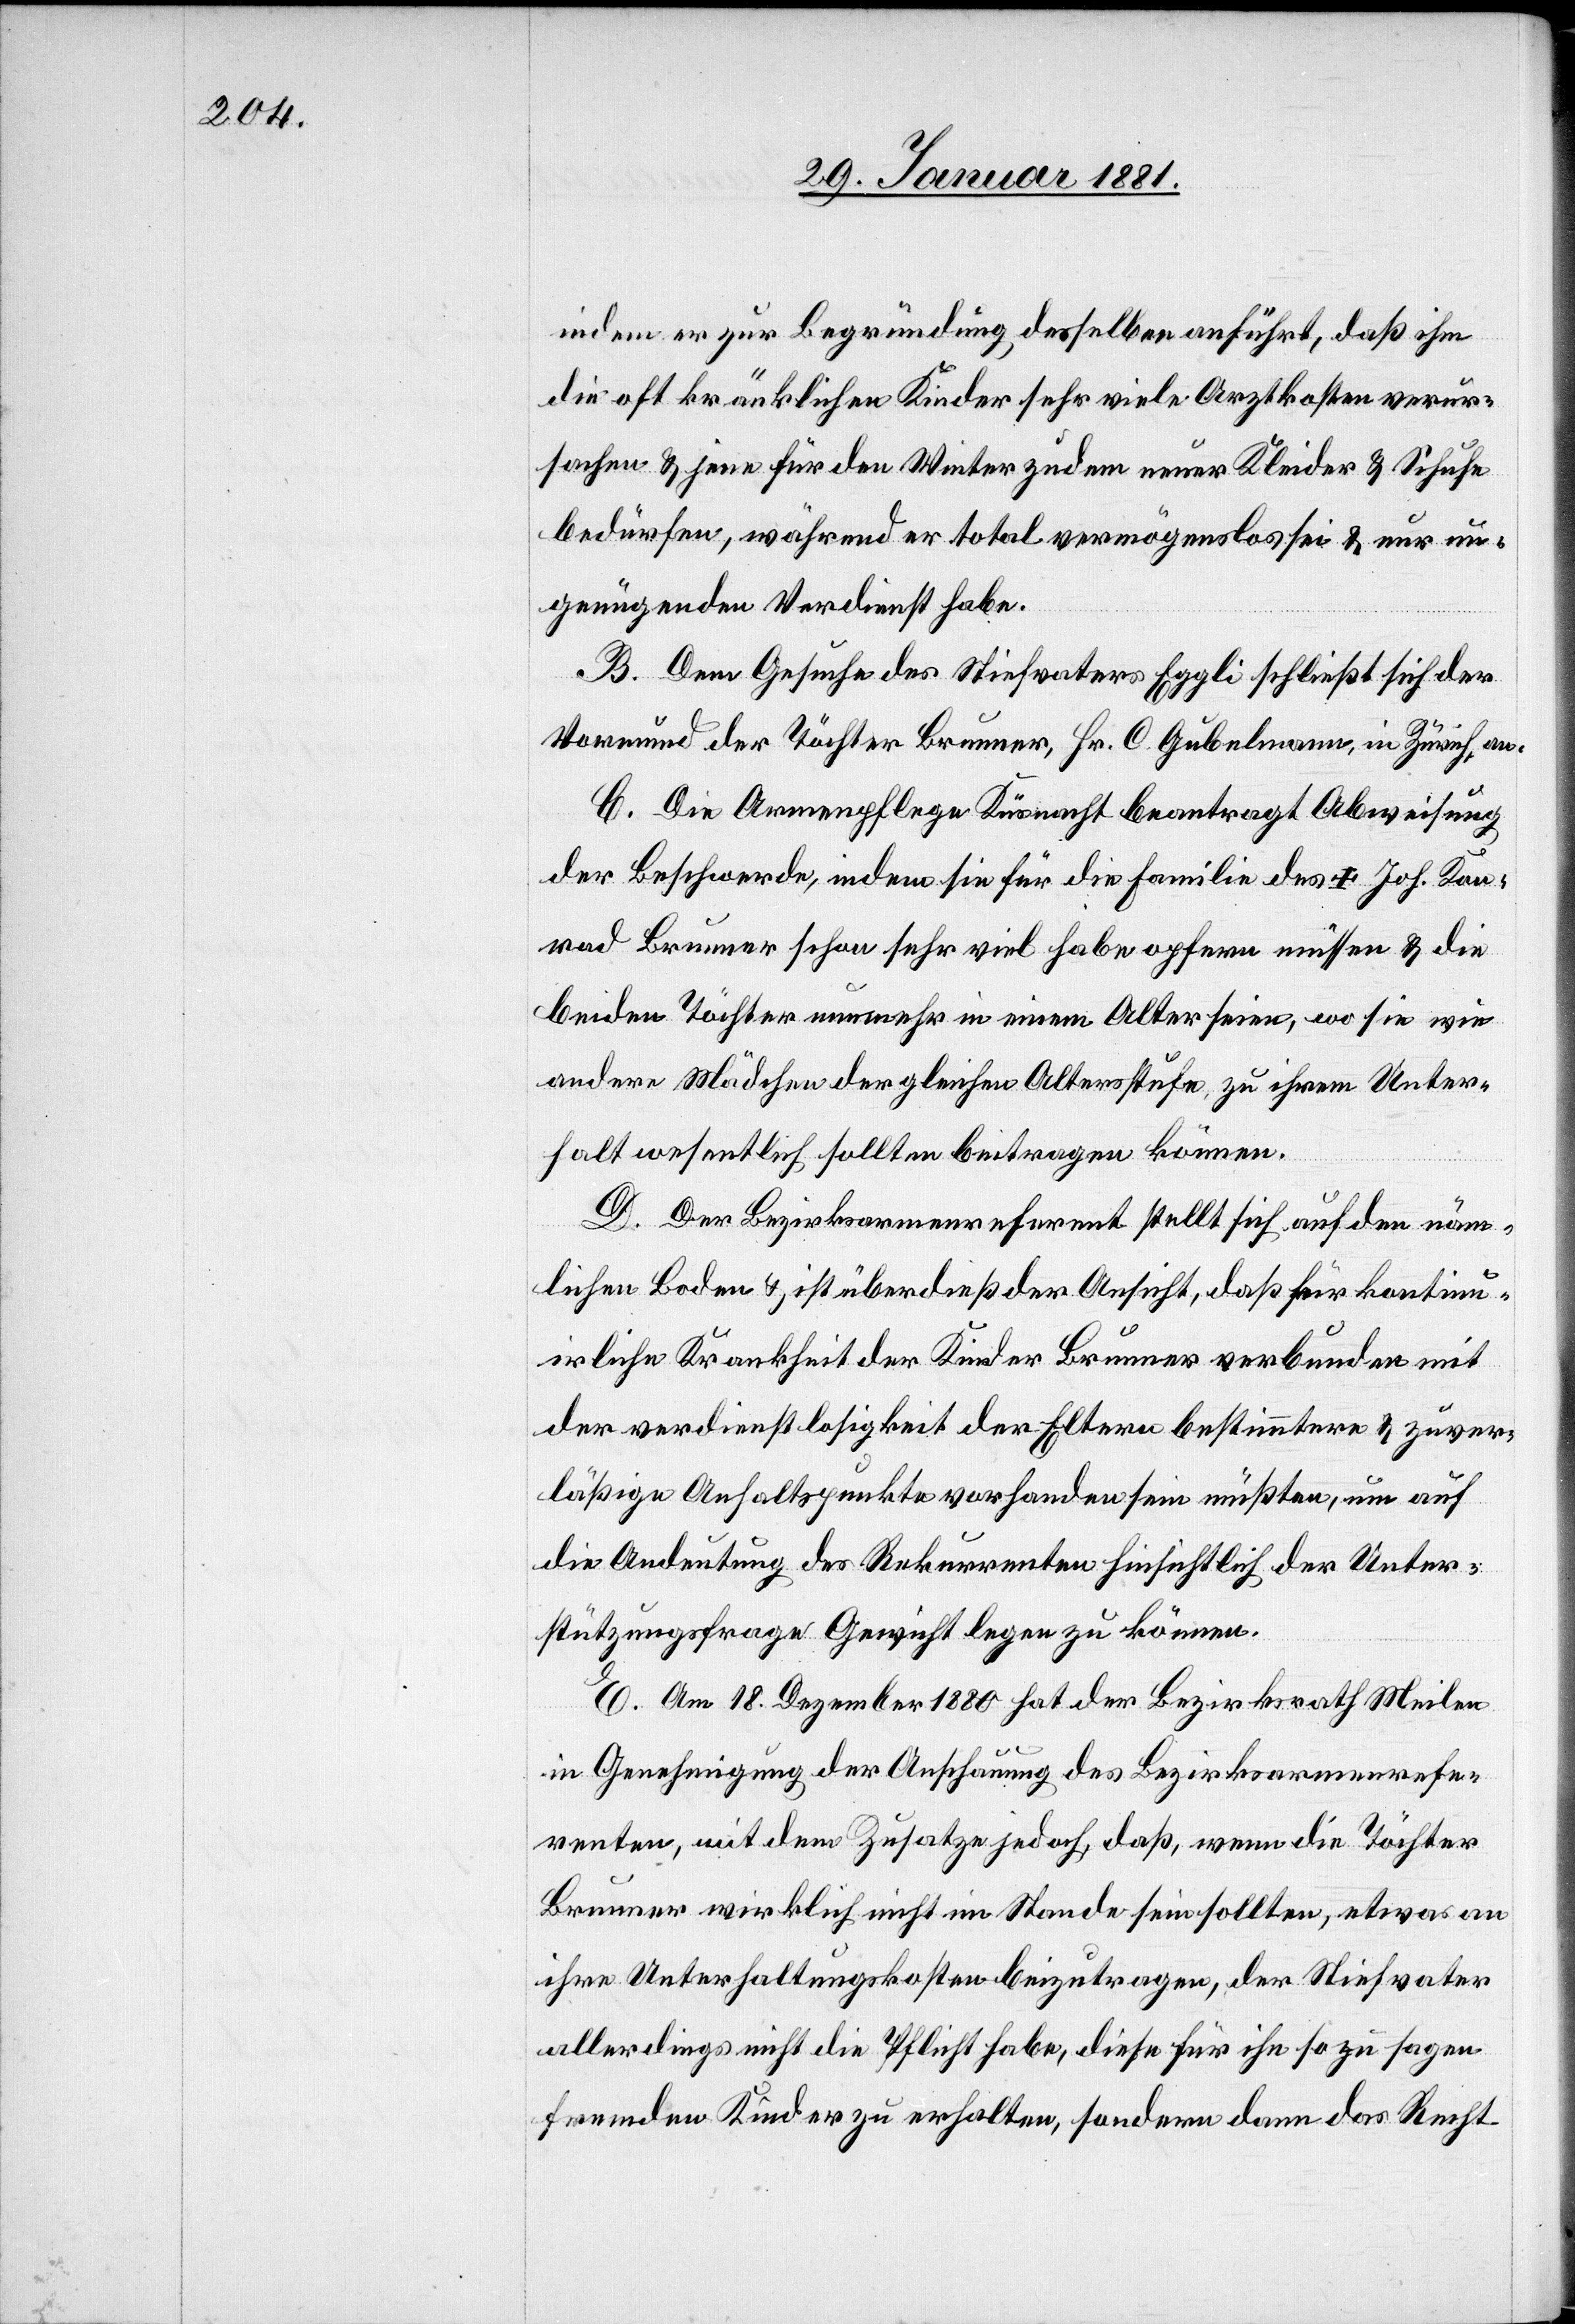
indem er zur Begründung, desselben anführt, daß ihm
die oft kränklichen Kinder sehr viele Arztkosten verur¬
sachen & jene für den Winter zudem neuer Kleider & Schuhe
bedürfen, während er total vermögenslos sei & nur un¬
genügenden Verdienst habe.
B. Dem Gesuche des Stiefvaters Eggli schließt sich der
Vormund der Töchter Brunner, Hr. C. Gubelmann, in Zürich, an.
C. Die Armenpflege Küsnacht beantragt Abweisung
der Beschwerde, indem sie für die Familie des † Joh. Kon¬
rad Brunner schon sehr viel habe opfern müssen & die
beiden Töchter nunmehr in einem Alter seien, wo sie wie
andere Mädchen der gleichen Altersstufe, zu ihrem Unter¬
halt wesentlich sollten beitragen können.
D. Der Bezirksarmenreferent stellt sich auf den näm¬
lichen Boden & ist überdieß der Ansicht, daß für kontinu¬
irliche Krankheit der Kinder Brunner verbunden mit
der verdienstlosigkeit [sic!] der Eltern bestimmtere & zuver¬
läßige Anhaltspunkte vorhanden sein müßten, um auf
die Andeutung des Rekurrenten hinsichtlich der Unter¬
stützungsfrage Gewicht legen zu können.
E. Am 18. Dezember 1880 hat der Bezirksrath Meilen
in Genehmigung der Anschauung des Bezirksarmenrefe¬
renten, mit dem Zusatze jedoch, daß, wenn die Töchter
Brunner wirklich nicht im Stande sein sollten, etwas an
ihre Unterhaltungskosten beizutragen, der Stiefvater
allerdings nicht die Pflicht habe, diese für ihn so zu sagen
fremden Kinder zu erhalten, sondern dann das Recht